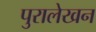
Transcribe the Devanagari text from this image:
पुरालेखन